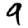
Digit: 9